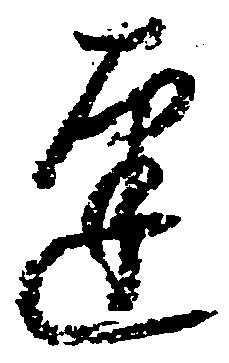
達